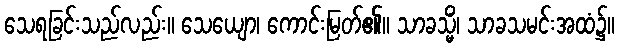
သေရခြင်းသည်လည်း။ သေယျော၊ ကောင်းမြတ်၏။ သာခသ္မိံ၊ သာခသမင်းအထံ၌။